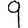
Digit: 9